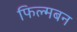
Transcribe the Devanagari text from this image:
फिल्मबन